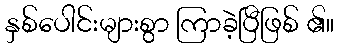
နှစ်ပေါင်းများစွာ ကြာခဲ့ပြီဖြစ် ၏။